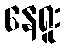
နေရူး